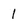
Character: 1